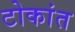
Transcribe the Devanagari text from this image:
टोकांत